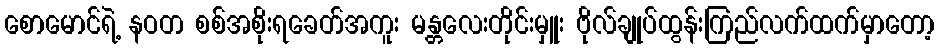
စောမောင်ရဲ့ နဝတ စစ်အစိုးရခေတ်အကူး မန္တလေးတိုင်းမှူး ဗိုလ်ချုပ်ထွန်းကြည်လက်ထက်မှာတော့